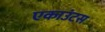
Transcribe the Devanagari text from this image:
एकाउंटस